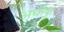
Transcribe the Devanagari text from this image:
अधीकू